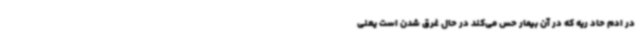
در ادم‌ حاد ریه که در آن بیمار حس می‌کند در حال غرق‌ شدن است یعنی